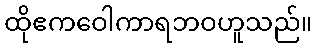
ထိုဧကဝေါကာရဘဝဟူသည်။